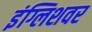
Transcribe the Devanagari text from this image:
इंग्लिशवर